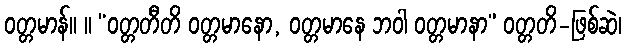
ဝတ္တမာန်။ ။ “ဝတ္တတီတိ ဝတ္တမာနော, ဝတ္တမာနေ ဘဝါ ဝတ္တမာနာ” ဝတ္တတိ-ဖြစ်ဆဲ၊